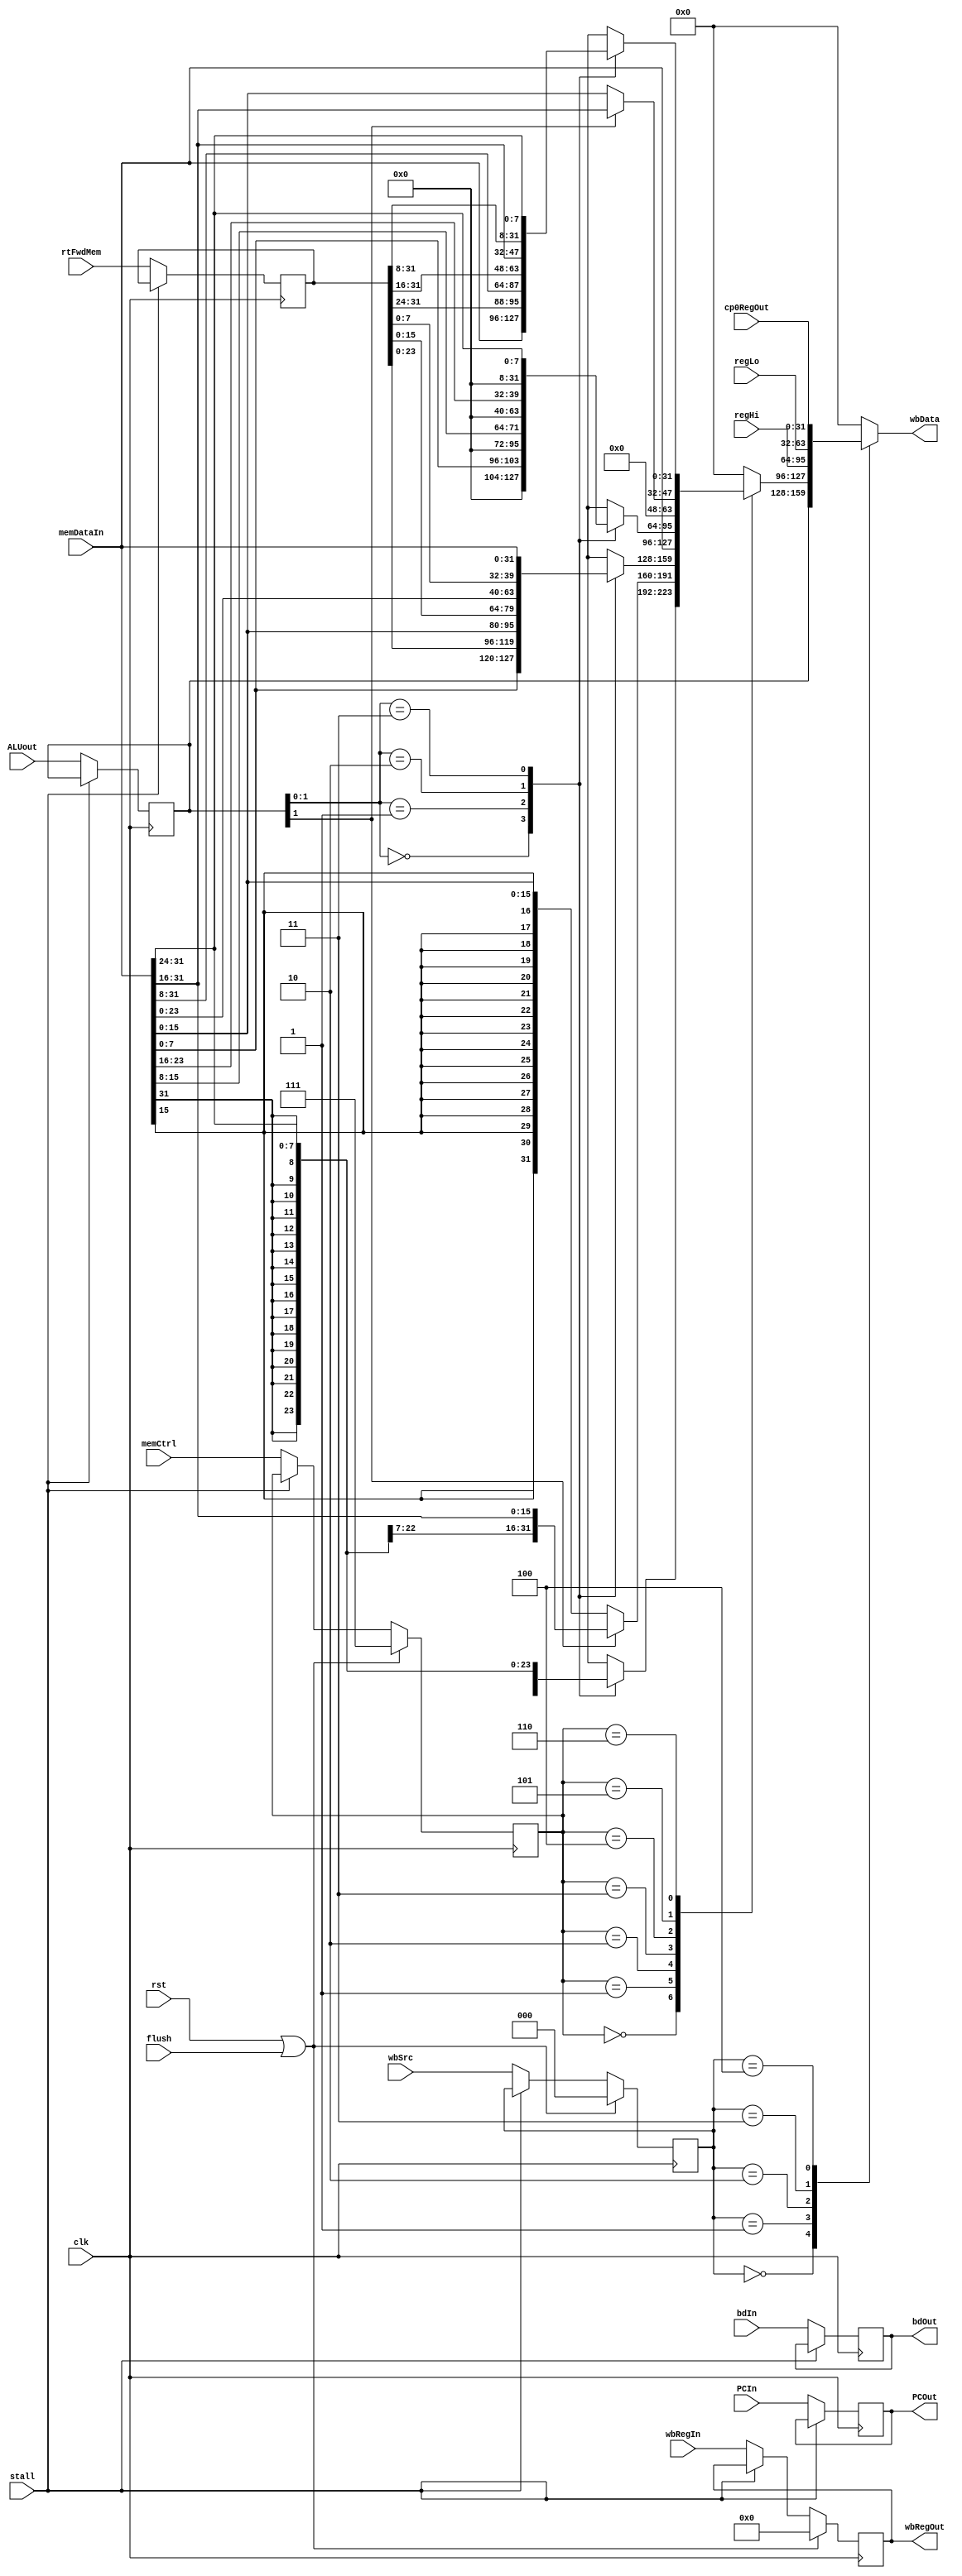
`timescale 1ns / 1ps
/**
 * MEM stage logic: data alignment and write back.
 * 
 * @author Yunye Pu
 */
module StageMem(
	input clk, input rst, input flush, input stall,
	//Input: Sequential
	input [2:0] memCtrl, input [2:0] wbSrc, input [4:0] wbRegIn,
	input [31:0] ALUout, input [31:0] rtFwdMem,
	//Input: Combinatorial
	input [31:0] regHi, input [31:0] regLo, input [31:0] cp0RegOut,
	input [31:0] memDataIn,
	
	output reg [4:0] wbRegOut,
	output reg [31:0] wbData,
	
	input [31:0] PCIn, output reg [31:0] PCOut,
	input bdIn, output reg bdOut
);

	//MEM stage pipeline registers
	reg [31:0] ALUout_reg;
	reg [31:0] rtFwd_reg;
	reg [2:0] memCtrl_reg;
	reg [2:0] wbSrc_reg;

	always @ (posedge clk)
	begin
		if(rst | flush)
		begin
			memCtrl_reg <= 3'b111;
			wbRegOut <= 5'h00;
			wbSrc_reg <= 3'b000;
		end
		else if(~stall)
		begin
			memCtrl_reg <= memCtrl;
			wbRegOut <= wbRegIn;
			wbSrc_reg <= wbSrc;
		end
		if(~stall)
		begin
			ALUout_reg <= ALUout;
			rtFwd_reg <= rtFwdMem;
			PCOut <= PCIn;
			bdOut <= bdIn;
		end
	end
	
	//Memory read logic
	reg [31:0] lbRes, lwlRes, lbuRes, lwrRes;
	wire [31:0] lhRes, lhuRes;
	reg [31:0] memRes;
	wire [1:0] addr = ALUout_reg[1:0];
	always @*
	begin
		case(addr)
		2'b00: lbRes <= {{24{memDataIn[ 7]}}, memDataIn[ 7: 0]};
		2'b01: lbRes <= {{24{memDataIn[15]}}, memDataIn[15: 8]};
		2'b10: lbRes <= {{24{memDataIn[23]}}, memDataIn[23:16]};
		2'b11: lbRes <= {{24{memDataIn[31]}}, memDataIn[31:24]};
		endcase
		case(addr)
		2'b00: lbuRes <= {24'h0, memDataIn[ 7: 0]};
		2'b01: lbuRes <= {24'h0, memDataIn[15: 8]};
		2'b10: lbuRes <= {24'h0, memDataIn[23:16]};
		2'b11: lbuRes <= {24'h0, memDataIn[31:24]};
		endcase
		case(addr)
		2'b00: lwlRes <= {memDataIn[ 7:0], rtFwd_reg[23:0]};
		2'b01: lwlRes <= {memDataIn[15:0], rtFwd_reg[15:0]};
		2'b10: lwlRes <= {memDataIn[23:0], rtFwd_reg[ 7:0]};
		2'b11: lwlRes <= memDataIn;
		endcase
		case(addr)
		2'b00: lwrRes <= memDataIn;
		2'b01: lwrRes <= {rtFwd_reg[31:24], memDataIn[31: 8]};
		2'b10: lwrRes <= {rtFwd_reg[31:16], memDataIn[31:16]};
		2'b11: lwrRes <= {rtFwd_reg[31: 8], memDataIn[31:24]};
		endcase
	end
	
	assign lhRes = addr[1]? {{16{memDataIn[31]}}, memDataIn[31:16]}: {{16{memDataIn[15]}}, memDataIn[15:0]};
	assign lhuRes = addr[1]? {16'h0, memDataIn[31:16]}: {16'h0, memDataIn[15:0]};
	
	always @*
	begin
		case(memCtrl_reg[2:0])
		3'b000: memRes <= lbRes;
		3'b001: memRes <= lhRes;
		3'b010: memRes <= lwlRes;
		3'b011: memRes <= memDataIn;
		3'b100: memRes <= lbuRes;
		3'b101: memRes <= lhuRes;
		3'b110: memRes <= lwrRes;
		default:memRes <= 32'h0;
		endcase
		
	//Write back logic
		case(wbSrc_reg)
		3'b000: wbData <= ALUout_reg;
		3'b001: wbData <= memRes;
		3'b010: wbData <= regHi;
		3'b011: wbData <= regLo;
		3'b100: wbData <= cp0RegOut;
		default:wbData <= 32'h0;
		endcase
	end
	

endmodule